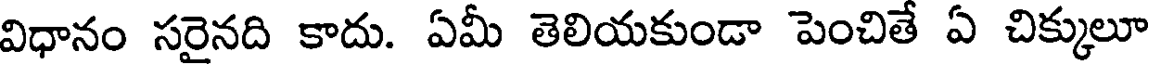
విధానం సరైనది కాదు. ఏమీ తెలియకుండా పెంచితే ఏ చిక్కులూ